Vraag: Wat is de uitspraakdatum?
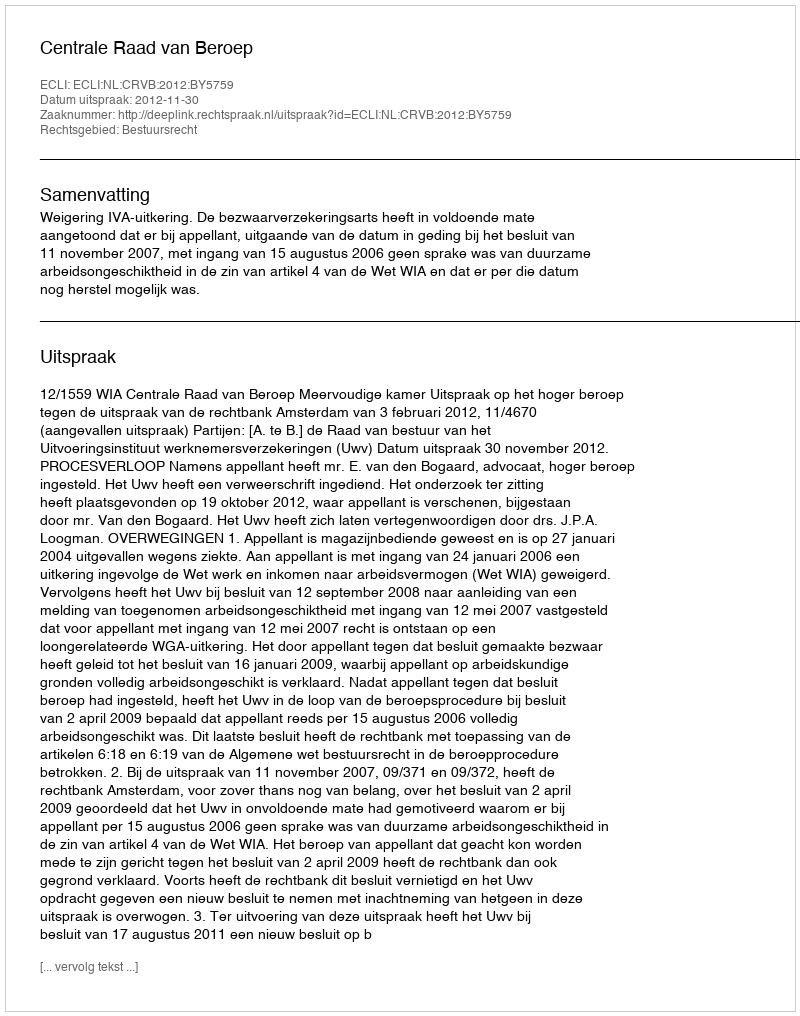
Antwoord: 2012-11-30